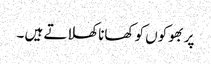
پر بھوکوں کو کھانا کھلاتے ہیں ۔